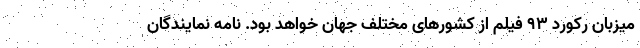
میزبان رکورد ۹۳ فیلم از کشورهای مختلف جهان خواهد بود. نامه نمایندگان